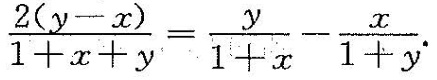
$$\frac { 2 ( y - x ) } { 1 + x + y } = \frac { y } { 1 + x }- \frac { x }{ 1 + y }$$ .